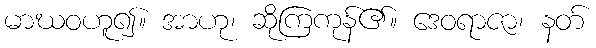
မာဃဝဟူ၍။ အာဟု၊ ဆိုကြကုန်၏။ ဒေဝရာဇာ၊ နတ်